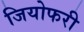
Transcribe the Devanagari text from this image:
जियोफरी